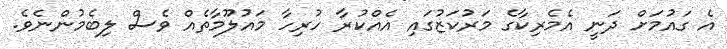
އެ ގައުމަށް ދަނީ އެމެރިކާގެ މަރުކަޒުގައި އެއްކުރާ ހުރިހާ މައުލޫމާތެއް ވެސް ލިބެމުންނެވެ.